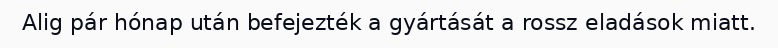
Alig pár hónap után befejezték a gyártását a rossz eladások miatt.